Report on the working of the Ranchi Indian Mental Hospital, Kanke, in Bihar and Orissa - 1930-1940
Year: 1930
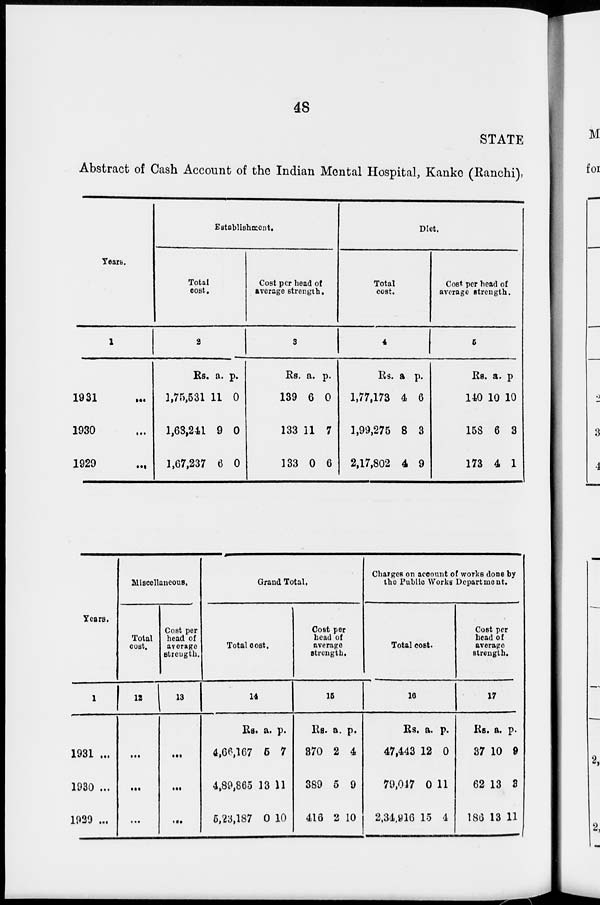
48
STATE
Abstract of Cash Account of the Indian Mental Hospital, Kanke (Ranchi),
Year.
1
1931 ...
1930 ...
1929 ...
Establishment.
Total
cost.
2
Rs.
1,75,531
1,63,241
1,67,237
a.
11
9
6
p.
0
0
0
Cost per head of
average strength.
3
Rs.
139
133
133
a.
6
11
0
p.
0
7
6
Diet.
Total
cost.
4
Rs.
1,77,173
1,99,275
2,17,802
a
4
8
4
p.
6
3
9
Cost per head of
average strength.
5
Rs.
140
158
173
a.
10
6
4
p.
10
3
1
Years.
1
1931 ...
1930 ...
1929 ...
Miscellaneous.
Total
cost.
12
...
...
...
Cost per
head of
average
strength.
13
...
...
...
Grand Total.
Total cost.
14
RS.
4,66,167
4,89,865
5,23,187
a.
5
13
0
p.
7
11
10
Cost per
head of
average
strength.
15
Rs.
370
389
416
a.
2
5
2
p.
4
9
10
Charges on account of works done by
the Public Works Department.
Total cost.
16
Rs.
47,443
79,047
2,34,916
a.
12
0
15
p.
0
11
4
Cost per
head of
average
strength.
17
RS.
37
62
186
a.
10
13
13
p.
9
3
11